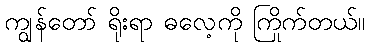
ကျွန်တော် ရိုးရာ ဓလေ့ကို ကြိုက်တယ်။